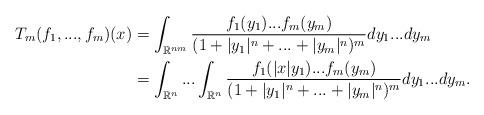
LaTeX: \begin{align*}T_{m}(f_1,...,f_m)(x)&=\int_{\mathbb R^{nm}}\frac{f_1(y_1)...f_m(y_m)}{(1+|y_1|^n+...+|y_m|^n)^m}dy_1...dy_m\\&=\int_{\mathbb R^n}...\int_{\mathbb R^n}\frac{f_1(|x|y_1)...f_m(y_m)}{(1+|y_1|^n+...+|y_m|^n)^m}dy_1...dy_m.\end{align*}